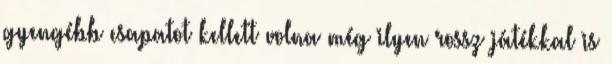
gyengébb csapatot kellett volna még ilyen rossz játékkal is